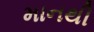
માનથી